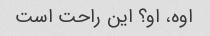
اوه، او؟ این راحت است